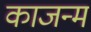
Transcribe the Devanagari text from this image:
काजन्‍म